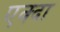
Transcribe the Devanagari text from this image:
एक्दा